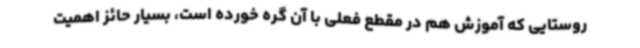
روستایی که آموزش هم در مقطع فعلی با آن گره خورده است، بسیار حائز اهمیت